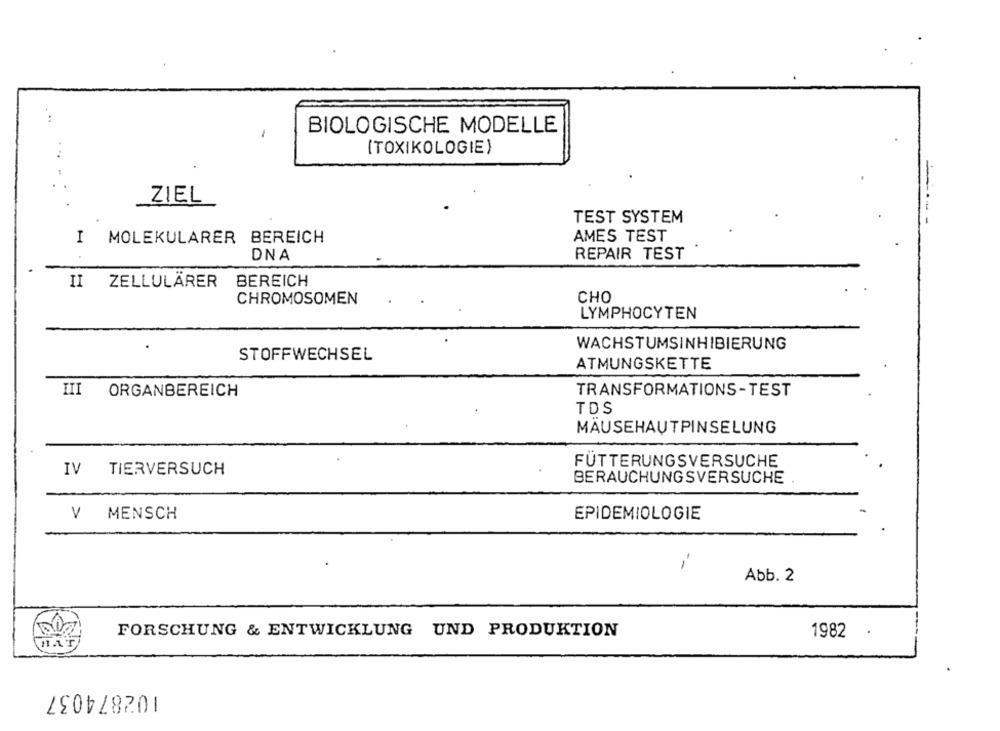
. ..
BIOLOGISCHE MODELLE
[TOXIKOLOGIE)
...
..
ZIEL
TEST SYSTEM
I MOLEKULARER BEREICH
AMES TEST
DNA
REPAIR TEST
II ZELLULÄRER
BEREICH
CHROMOSOMEN
CHO
LYMPHOCYTEN
WACHSTUMSINHIBIERUNG
STOFFWECHSEL
ATMUNGSKETTE
III
ORGANBEREICH
TRANSFORMATIONS-TEST
TDS
MÄUSEHAUTPINSELUNG
FÜTTERUNGSVERSUCHE
IV
TIERVERSUCH
BERAUCHUNGSVERSUCHE
V MENSCH
EPIDEMIOLOGIE
-
Abb. 2
FORSCHUNG & ENTWICKLUNG UND PRODUKTION
1982
.
102874037